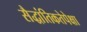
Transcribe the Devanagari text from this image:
सैद्धांतिकतेपेक्षा